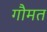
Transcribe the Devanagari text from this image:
गौमत